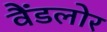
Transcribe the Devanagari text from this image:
वैंडलोर